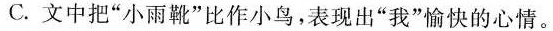
C.文中把”小雨靴”比作小鸟，表现出”我”愉快的心情。